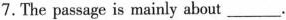
7. The passage is mainly about ___.